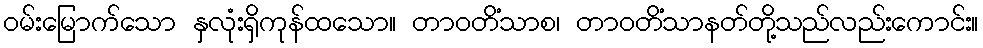
ဝမ်းမြောက်သော နှလုံးရှိကုန်ထသော။ တာဝတိံသာစ၊ တာဝတိံသာနတ်တို့သည်လည်းကောင်း။